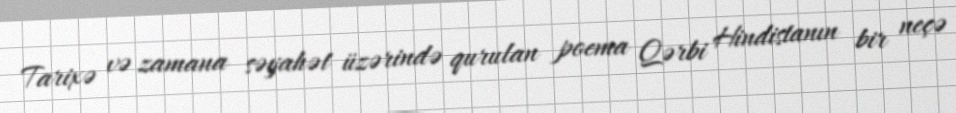
Tarixə və zamana səyahət üzərində qurulan poema Qərbi Hindistanın bir neçə